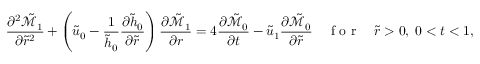
\frac { \partial ^ { 2 } \tilde { \mathcal { M } } _ { 1 } } { \partial \tilde { r } ^ { 2 } } + \left( \tilde { u } _ { 0 } - \frac { 1 } { \tilde { h } _ { 0 } } \frac { \partial \tilde { h } _ { 0 } } { \partial \tilde { r } } \right) \frac { \partial \tilde { \mathcal { M } } _ { 1 } } { \partial r } = 4 \frac { \partial \tilde { \mathcal { M } } _ { 0 } } { \partial t } - \tilde { u } _ { 1 } \frac { \partial \tilde { \mathcal { M } } _ { 0 } } { \partial \tilde { r } } \quad \mathrm { ~ f ~ o ~ r ~ } \quad \tilde { r } > 0 , \; 0 < t < 1 ,